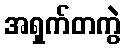
အရှက်တကွဲ